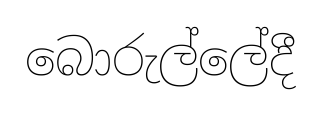
බොරුල්ලේදී